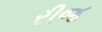
રીજ